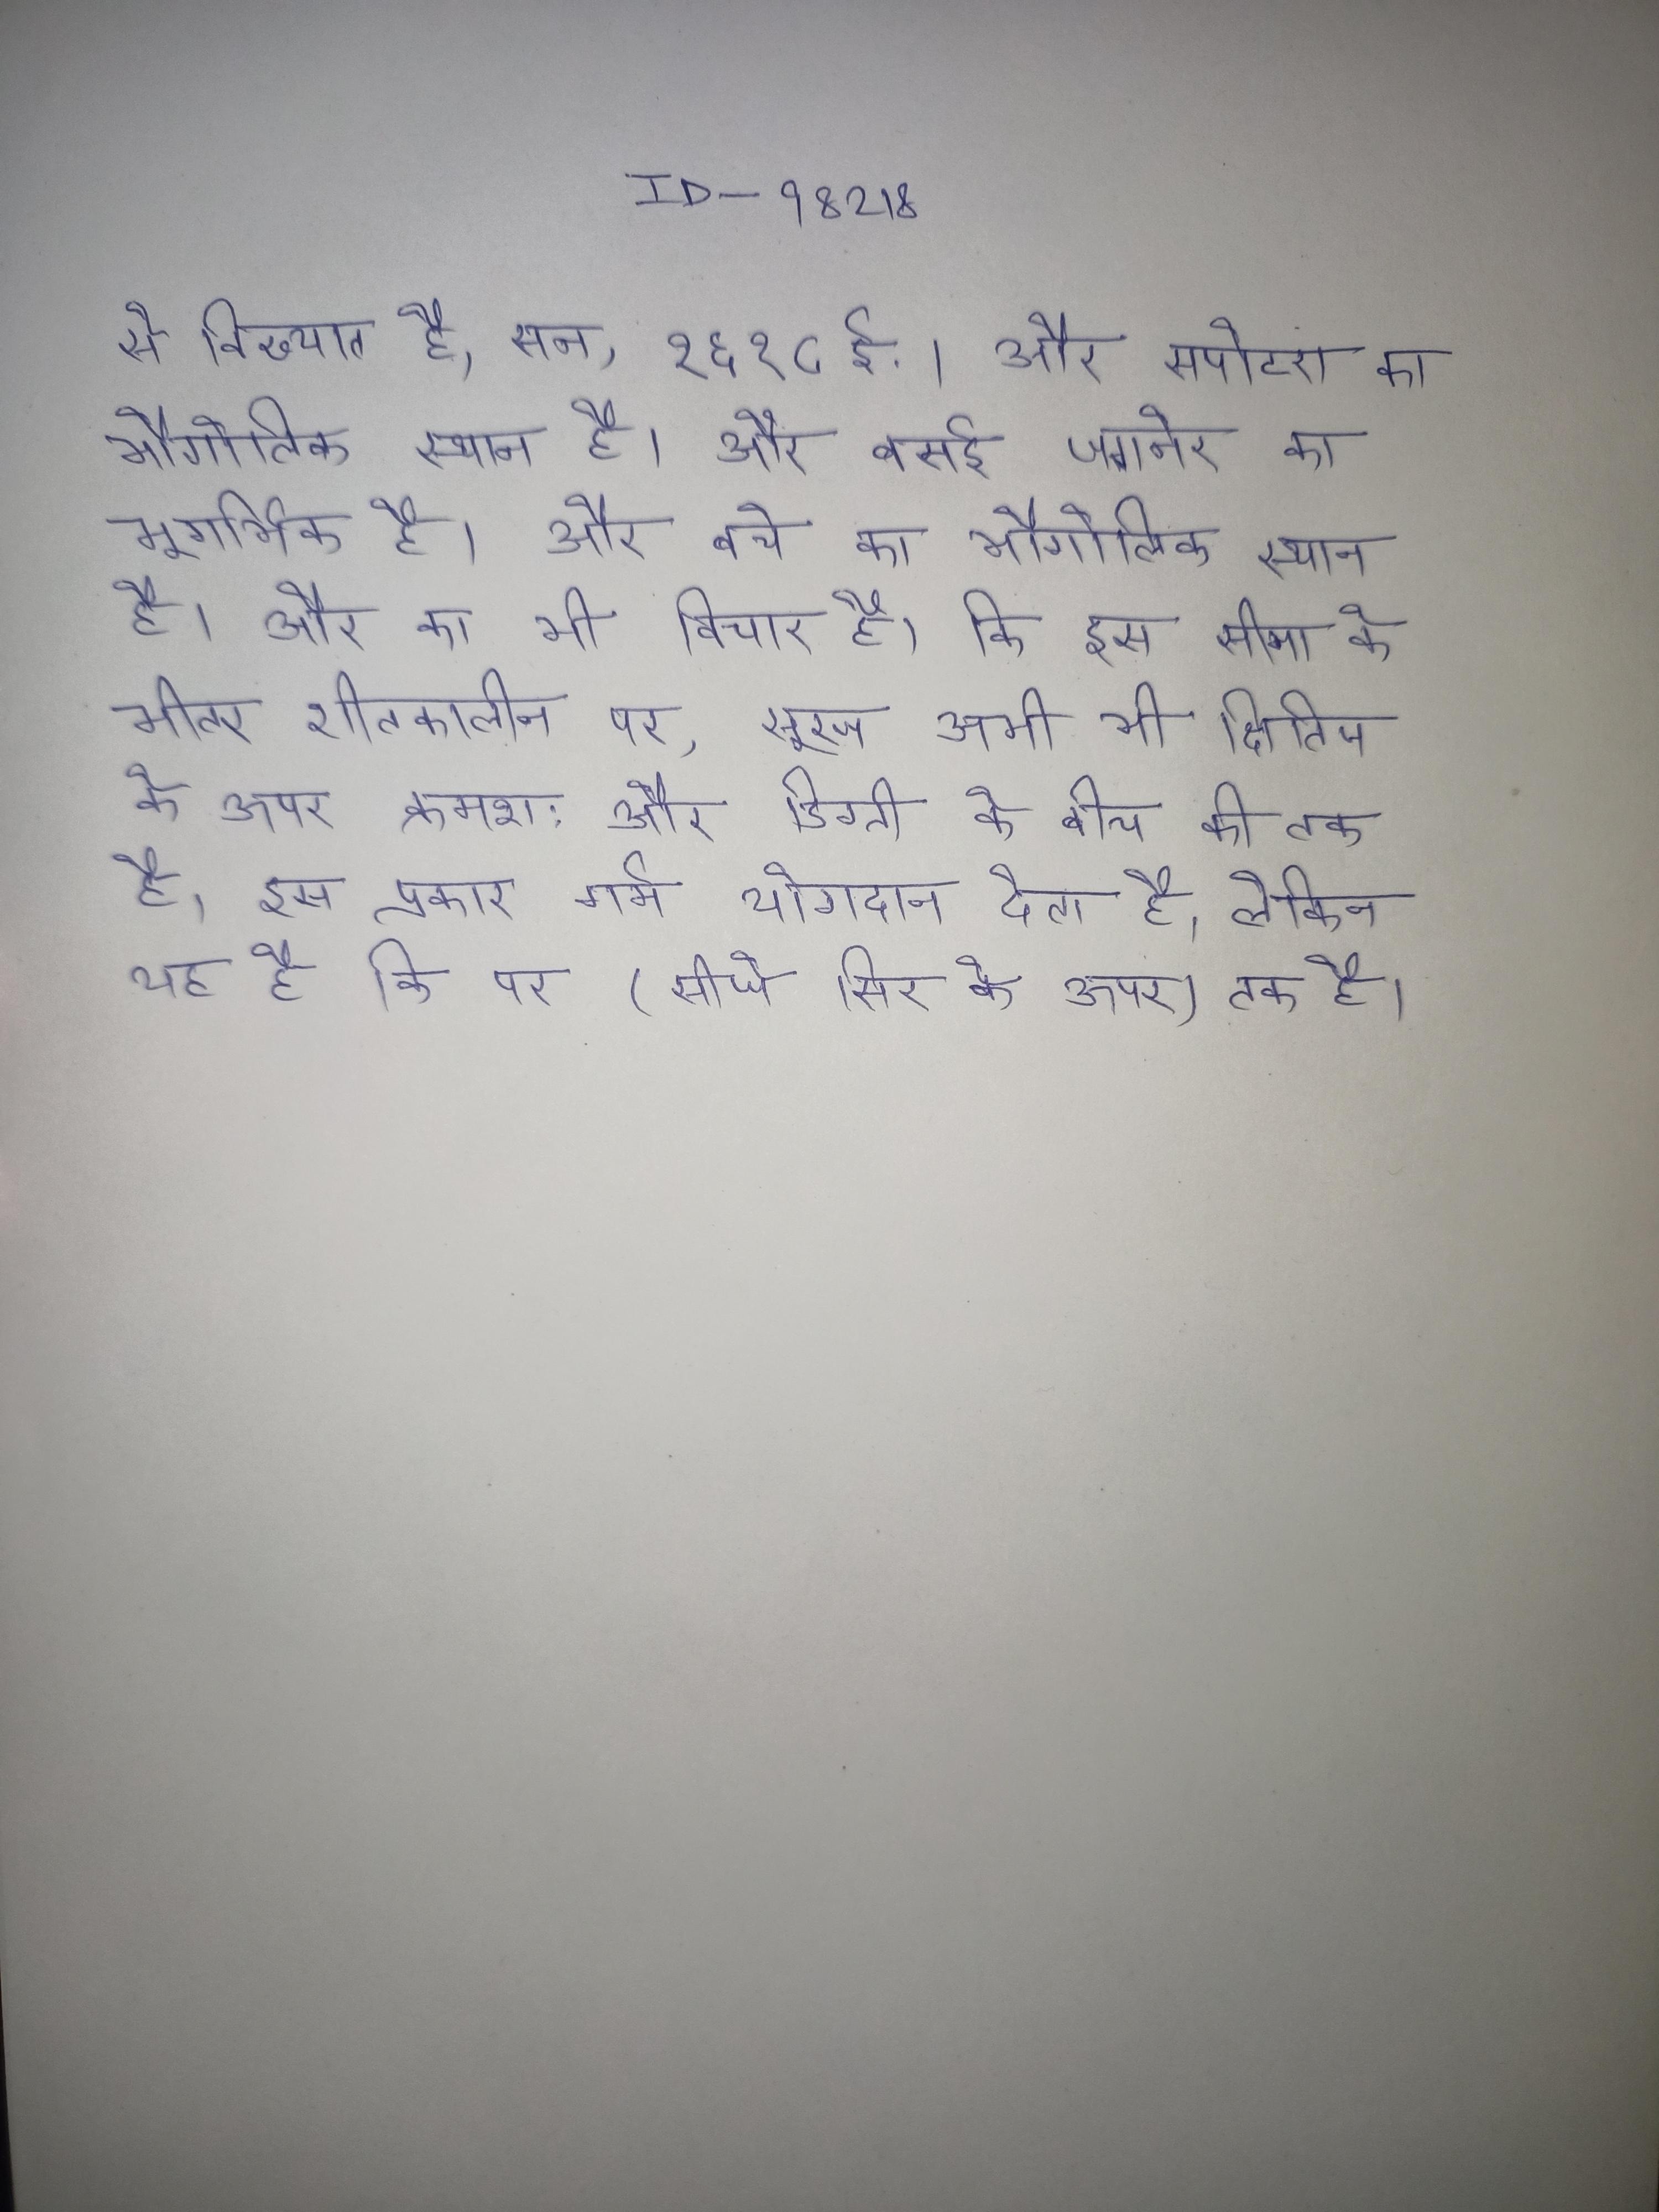
से विख्यात है, सन् १६९८ ई. । और सपोटरा का भौगोलिक स्थान है । और बसई जगनेर का भूगर्भिक है । और बचे का भौगोलिक स्थान है । और का भी विचार है । की इस सीमा के भीतर शीतकालीन पर, सूरज अभी भी क्षितिज के ऊपर क्रमश: और डिग्री के बीच की तक है, इस प्रकार गर्म योगदान देता है, लेकिन यह की पर (सीधे सिर के ऊपर) तक है ।